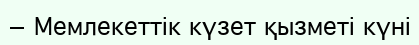
— Мемлекеттік күзет қызметі күні